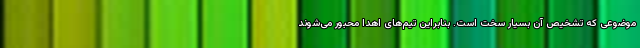
موضوعی که تشخیص آن بسیار سخت است. بنابراین تیم‌های اهدا محبور می‌شوند